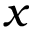
x